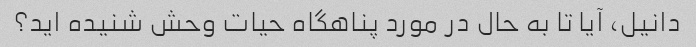
دانیل، آیا تا به حال در مورد پناهگاه حیات وحش شنیده اید؟